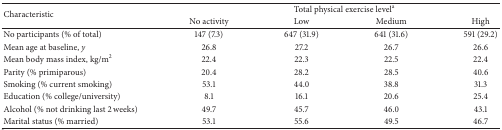
<table><thead><tr><td rowspan="2"><b>Characteristic</b></td><td colspan="4"><b>Total physical exercise level<sup>a</sup></b></td></tr><tr><td><b>No activity</b></td><td><b>Low</b></td><td><b>Medium</b></td><td><b>High</b></td></tr></thead><tbody><tr><td>No participants (% of total)</td><td>147 (7.3)</td><td>647 (31.9)</td><td>641 (31.6)</td><td>591 (29.2)</td></tr><tr><td>Mean age at baseline, <i>y </i></td><td>26.8</td><td>27.2</td><td>26.7</td><td>26.6</td></tr><tr><td>Mean body mass index, kg/m2 </td><td>22.4</td><td>22.3</td><td>22.5</td><td>22.4</td></tr><tr><td>Parity (% primiparous)</td><td>20.4</td><td>28.2</td><td>28.5</td><td>40.6</td></tr><tr><td>Smoking (% current smoking)</td><td>53.1</td><td>44.0</td><td>38.8</td><td>31.3</td></tr><tr><td>Education (% college/university)</td><td>8.1</td><td>16.1</td><td>20.6</td><td>25.4</td></tr><tr><td>Alcohol (% not drinking last 2 weeks)</td><td>49.7</td><td>45.7</td><td>46.0</td><td>43.1</td></tr><tr><td>Marital status (% married)</td><td>53.1</td><td>55.6</td><td>49.5</td><td>46.7</td></tr></tbody></table>